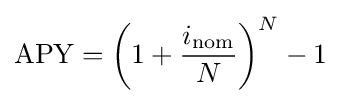
{\text{APY}}=\left(1+{\frac {i_{\text{nom}}}{N}}\right)^{N}-1